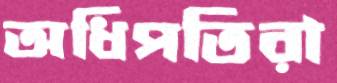
অধিপতিরা